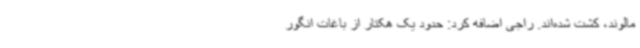
مالوند، کشت شده‌اند. راجی اضافه کرد: حدود یک هکتار از باغات انگور